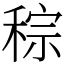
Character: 𥟡